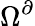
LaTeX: \Omega^{\partial}